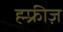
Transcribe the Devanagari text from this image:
ह्म्फ्रीज़